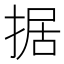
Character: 据